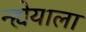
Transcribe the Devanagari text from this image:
न्ह्येयाला